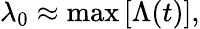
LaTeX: \lambda_{0}\approx\operatorname*{max}\left[\Lambda(t)\right],